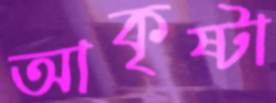
আকৃষ্টা